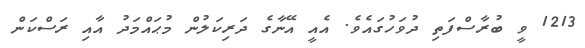
1213 ވީ ބުރާސްފަތި ދުވަހުގައެވެ. އެއީ އޭނާގެ ދަރިކަލުން މުޙައްމަދު އާއި ރަސްކަން